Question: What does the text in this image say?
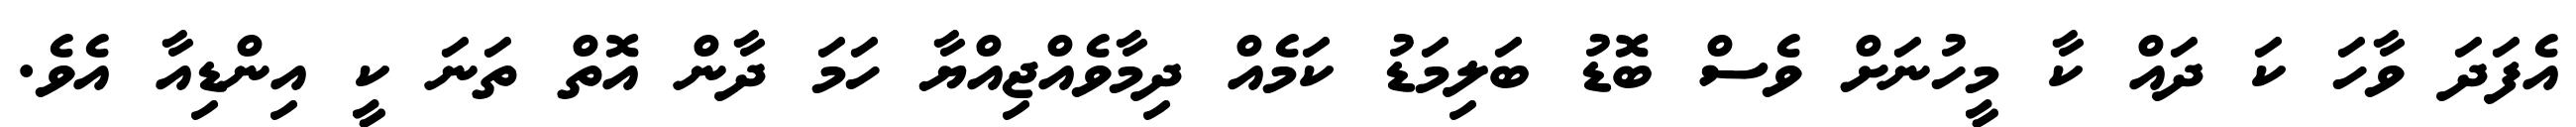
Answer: އެފަދަ ވާހަ ކަ ދައް ކާ މީހުނަށް ވެސް ބޮޑު ބަލިމަޑު ކަމެއް ދިމާވެއްޖިއްޔާ ހަމަ ދާން އޮތް ތަނަ ކީ އިންޑިއާ އެވެ.